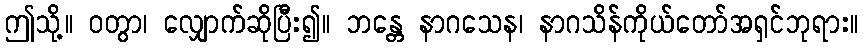
ဤသို့။ ဝတွာ၊ လျှောက်ဆိုပြီး၍။ ဘန္တေ နာဂသေန၊ နာဂသိန်ကိုယ်တော်အရှင်ဘုရား။